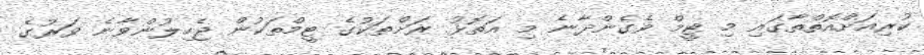
ކުރިއަށްއޮތްތާގައި މި ޓީމް ވެގެންދާނެ މި އަތޮޅު ރަށްތަކުގެ ޓީމްތަކުން ޖެހިލުންވާނެ ވަރުގެ